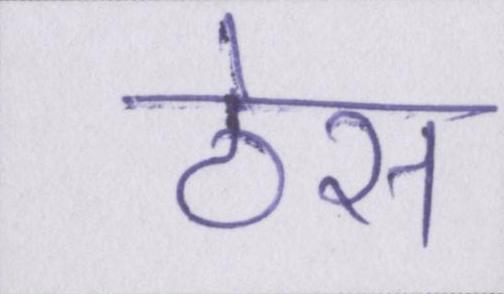
ठेस